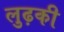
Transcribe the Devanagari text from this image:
लुढ़की